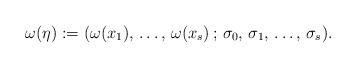
\begin{align*} \omega(\eta):=(\omega(x_{1}),\,\dots,\,\omega(x_{s})\,;\,\sigma_{0},\,\sigma_{1},\,\dots,\,\sigma_{s}). \end{align*}